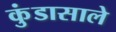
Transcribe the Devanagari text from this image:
कुंडासाले